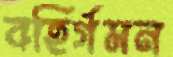
বহির্গমন